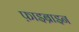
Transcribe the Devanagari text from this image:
फ़ाइब्राइन